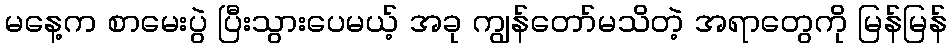
မနေ့က စာမေးပွဲ ပြီးသွားပေမယ့် အခု ကျွန်တော်မသိတဲ့ အရာတွေကို မြန်မြန်